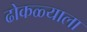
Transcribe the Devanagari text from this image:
ढोकळ्याला